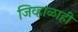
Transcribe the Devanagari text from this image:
जिव्हाळाही